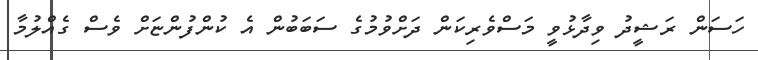
ހަސަން ރަޝީދު ވިދާޅުވީ މަސްވެރިކަން ދަށްވުމުގެ ސަބަބުން އެ ކުންފުންޏަށް ވެސް ގެއްލުމާ